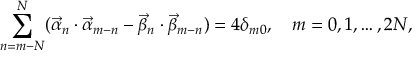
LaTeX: \sum _ { n = m - N } ^ { N } ( \vec { \alpha } _ { n } \cdot \vec { \alpha } _ { m - n } - \vec { \beta } _ { n } \cdot \vec { \beta } _ { m - n } ) = 4 \delta _ { m 0 } , \quad m = 0 , 1 , \dots , 2 N ,